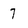
Character: 7